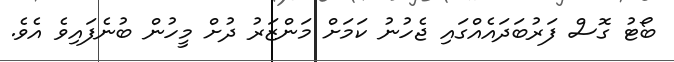
ބޯޓު ގޮސް ފަރުބަދައެއްގައި ޖެހުނު ކަމަށް މަންޒަރު ދުށް މީހުން ބުނެފައިވެ އެވެ.